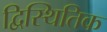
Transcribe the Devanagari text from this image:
द्विस्थितिक